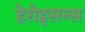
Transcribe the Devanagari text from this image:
हेरोइसन्स